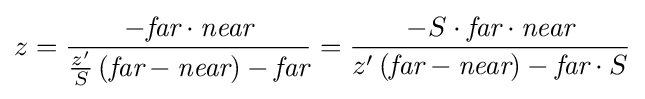
z={\frac {-{\textit {far}}\cdot {\textit {near}}}{{\frac {z'}{S}}\left({\textit {far}}-{\textit {near}}\right)-{\textit {far}}}}={\frac {-S\cdot {\textit {far}}\cdot {\textit {near}}}{z'\left({\textit {far}}-{\textit {near}}\right)-{\textit {far}}\cdot S}}